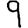
Digit: 9